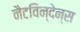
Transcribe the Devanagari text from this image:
नैटविन्देन्स